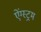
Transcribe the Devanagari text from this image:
ऐंग्स्ट्रम